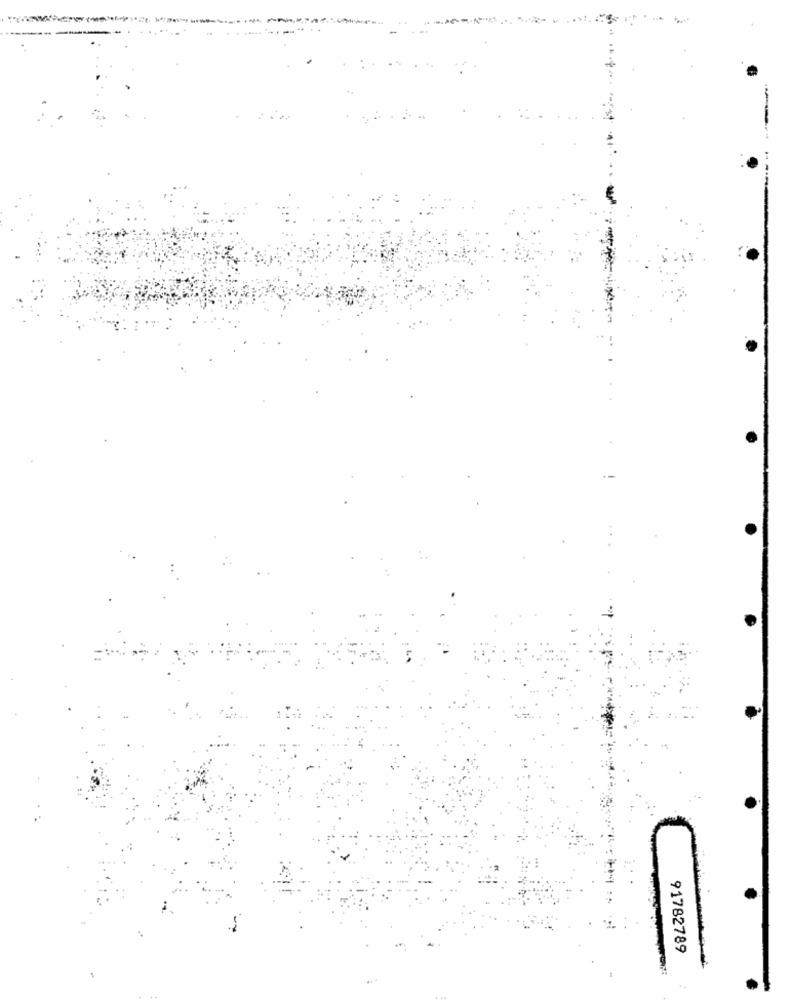
91782789